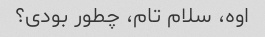
اوه، سلام تام، چطور بودی؟